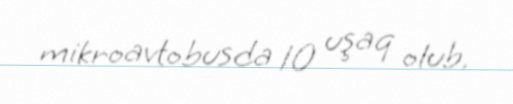
mikroavtobusda 10 uşaq olub.